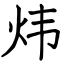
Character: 炜